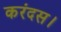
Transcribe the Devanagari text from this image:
करंदस।